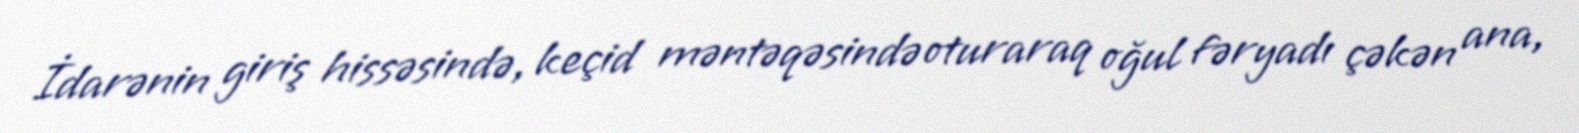
İdarənin giriş hissəsində, keçid məntəqəsində oturaraq oğul fəryadı çəkən ana,